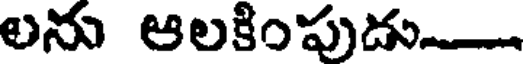
లను ఆలకింపుడు.